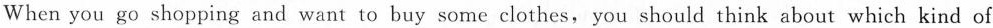
When you go shopping and want to buy some clothes, you should think about which kind of